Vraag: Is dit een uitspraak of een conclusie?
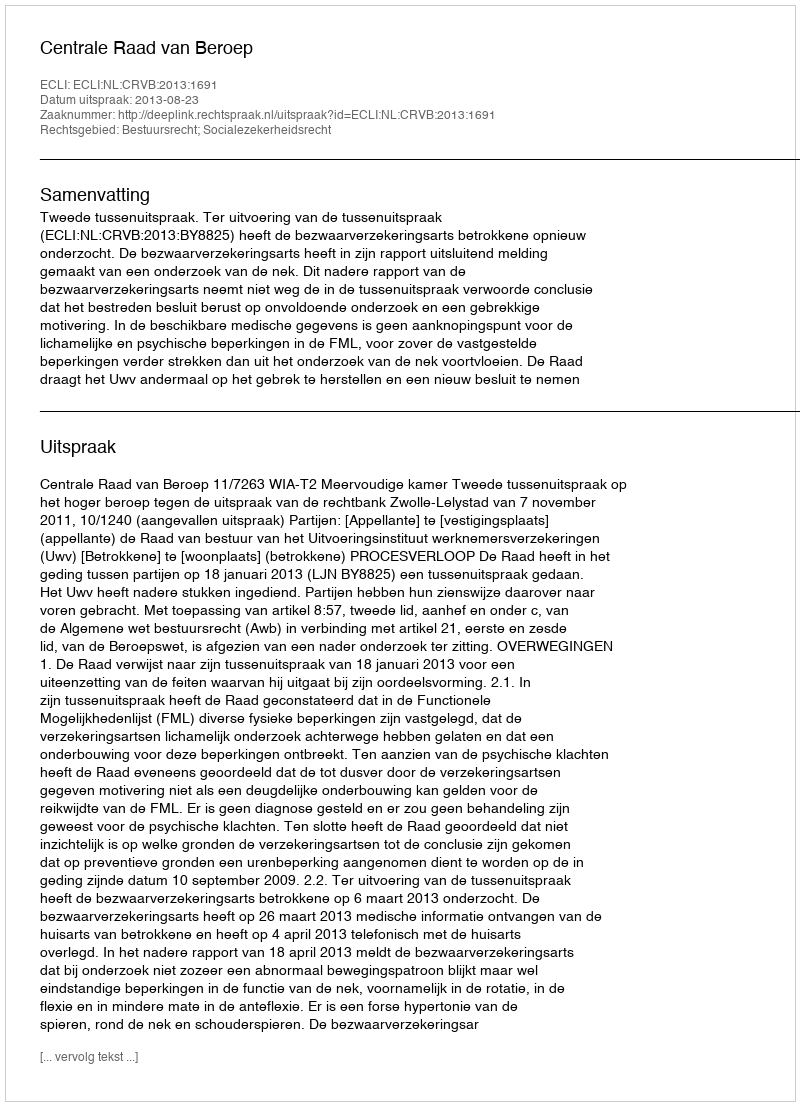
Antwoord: Uitspraak